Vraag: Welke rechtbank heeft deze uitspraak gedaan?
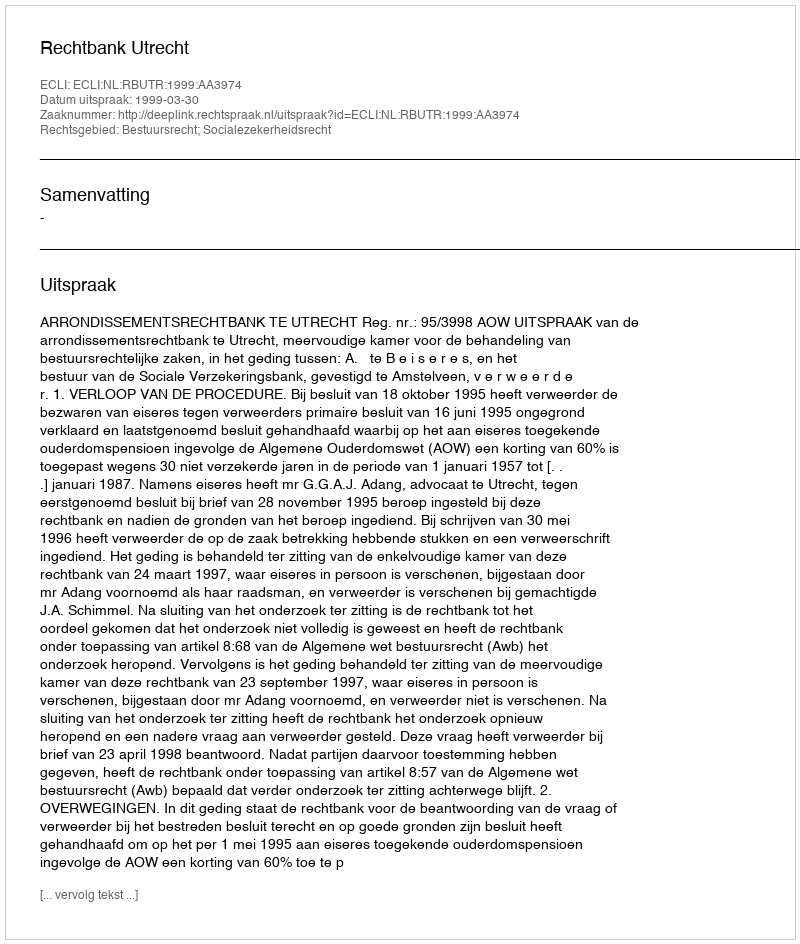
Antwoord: Rechtbank Utrecht